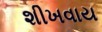
શીખવાય